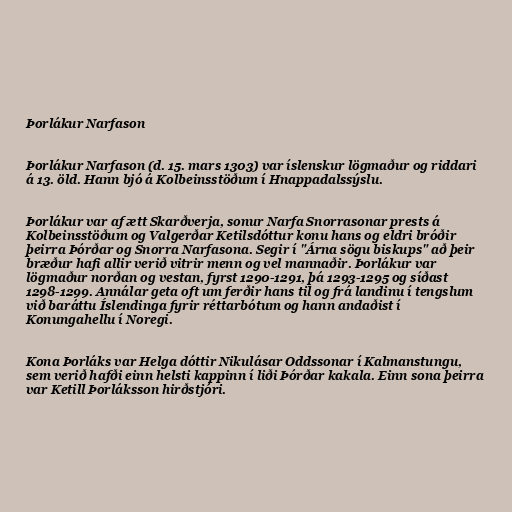
Þorlákur Narfason

Þorlákur Narfason (d. 15. mars 1303) var íslenskur lögmaður og riddari
á 13. öld. Hann bjó á Kolbeinsstöðum í Hnappadalssýslu.

Þorlákur var af ætt Skarðverja, sonur Narfa Snorrasonar prests á
Kolbeinsstöðum og Valgerðar Ketilsdóttur konu hans og eldri bróðir
þeirra Þórðar og Snorra Narfasona. Segir í "Árna sögu biskups" að þeir
bræður hafi allir verið vitrir menn og vel mannaðir. Þorlákur var
lögmaður norðan og vestan, fyrst 1290-1291, þá 1293-1295 og síðast
1298-1299. Annálar geta oft um ferðir hans til og frá landinu í tengslum
við baráttu Íslendinga fyrir réttarbótum og hann andaðist í
Konungahellu í Noregi.

Kona Þorláks var Helga dóttir Nikulásar Oddssonar í Kalmanstungu,
sem verið hafði einn helsti kappinn í liði Þórðar kakala. Einn sona þeirra
var Ketill Þorláksson hirðstjóri.